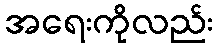
အရေးကိုလည်း